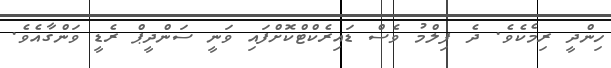
ހިންދީ ރިމެކެވެ. ދެ ފިލްމު ވެސް ޑައިރެކްޓްކޮށްފައި ވަނީ ސަންދީޕް ރެޑީ ވަންގާއެވެ.